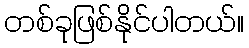
တစ်ခုဖြစ်နိုင်ပါတယ်။